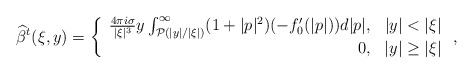
\begin{align*}\widehat{\beta}^t(\xi,y) = \left\{ \begin{array}{rc}\frac{4 \pi i \sigma}{|\xi|^3} y \int_{\mathcal{P}(|y|/|\xi|)}^{\infty}(1+|p|^2) (-f_0'(|p|))d|p|, & |y| < |\xi|\\ 0, & |y|\ge |\xi|\end{array}\right.,\end{align*}